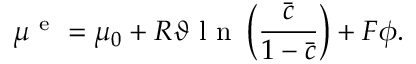
\mu ^ { \mathrm { ~ e ~ } } = \mu _ { 0 } + R \vartheta \mathrm { ~ l ~ n ~ } \left( \frac { \bar { c } } { 1 - \bar { c } } \right) + F \phi .